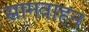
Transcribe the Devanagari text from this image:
सामवाहन